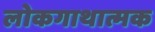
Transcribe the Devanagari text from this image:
लोकगाथात्मक